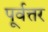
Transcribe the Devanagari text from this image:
पूर्वत्तर